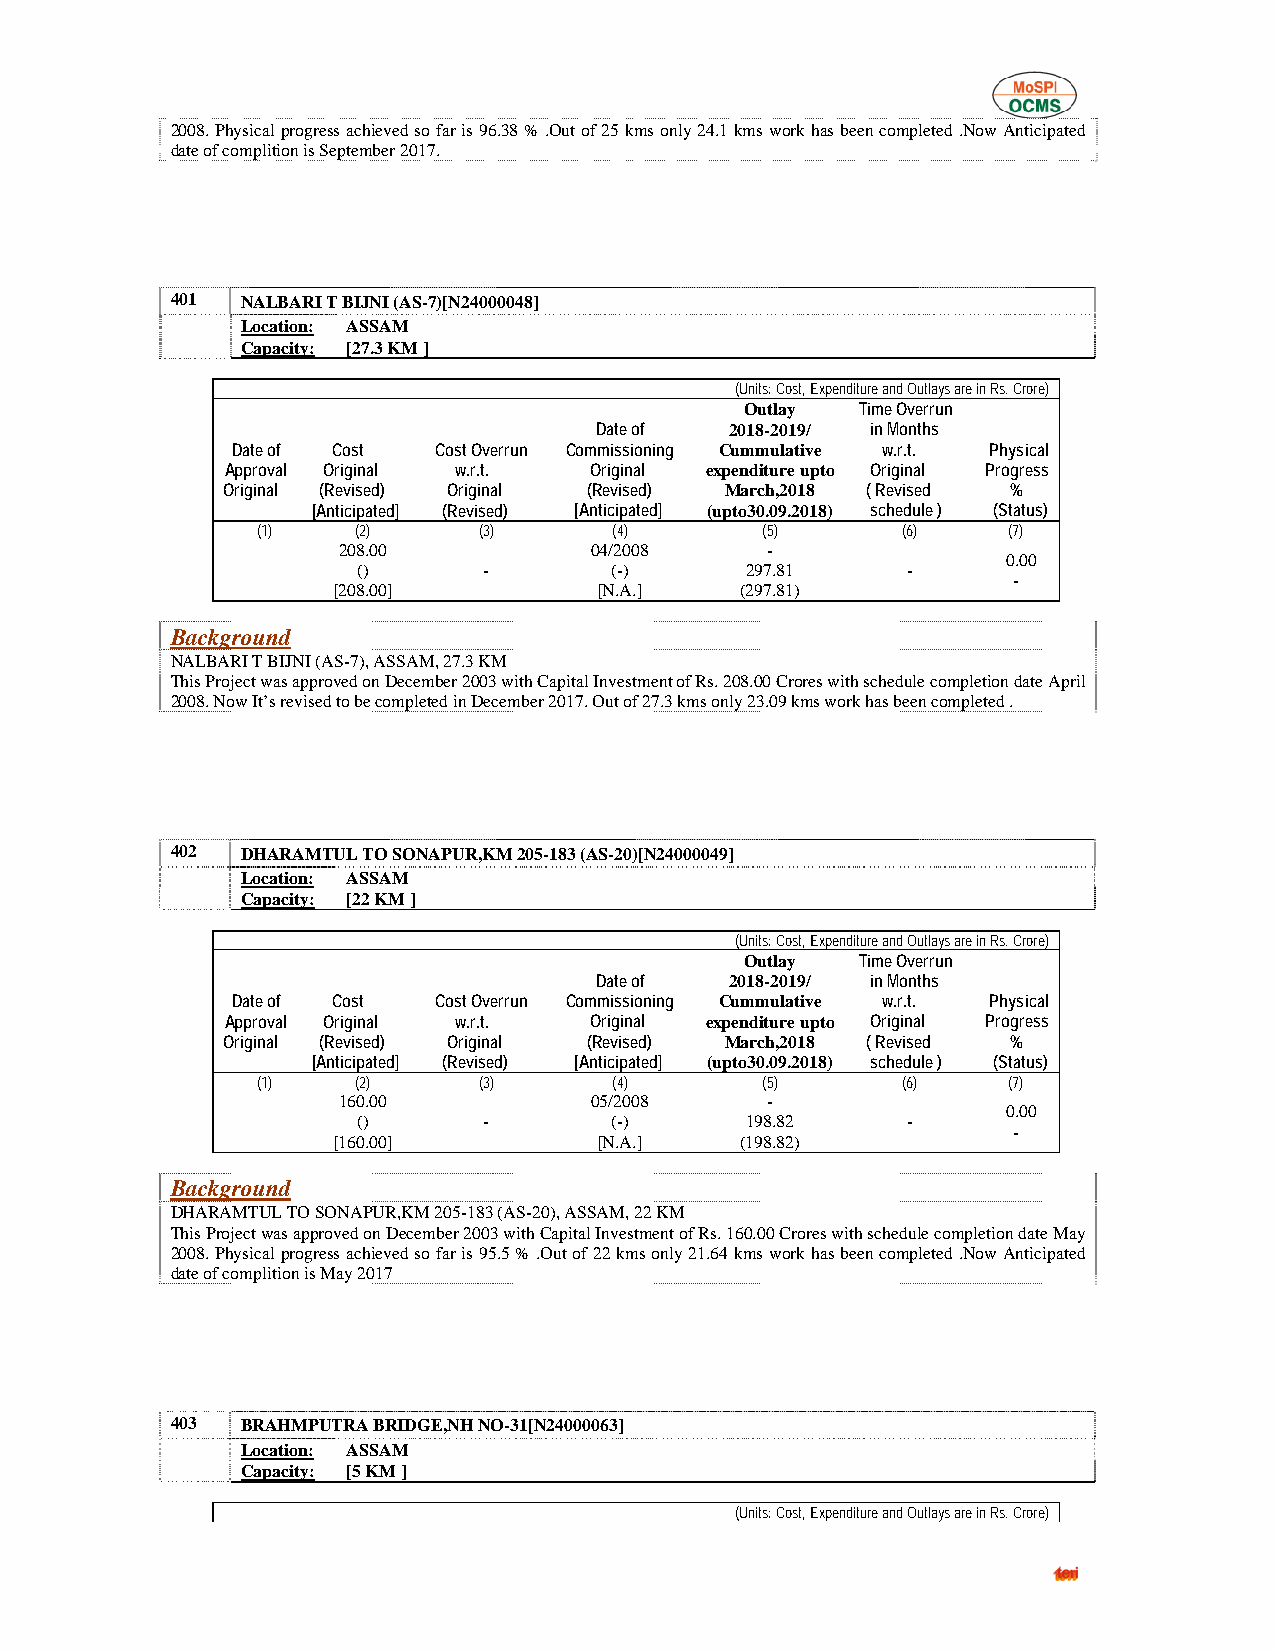
2008. Physical progress achieved so far is 96.38 % .Out of 25 kms only 24.1 kms work has been completed .Now Anticipated
 date of complition is September 2017.
 401  NALBARI T BIJNI (AS-7)[N24000048]
 Location: ASSAM
 Capacity: [27.3 KM ]
 (Units: Cost, Expenditure and Outlays are in Rs. Crore)
 Outlay  Time Overrun
 Date of  2018-2019/ in Months
 Date of Cost  Cost Overrun Commissioning Cummulative w.r.t. Physical
 Approval Original w.r.t. Original expenditure upto Original Progress
 Original (Revised) Original (Revised) March,2018 ( Revised %
 [Anticipated] (Revised) [Anticipated] (upto30.09.2018) schedule ) (Status)
 (1)    (2)     (3)      (4)      (5)       (6)    (7)
 208.00           04/2008     -
 0.00
 ()      -       (-)      297.81     -
 -
 [208.00]          [N.A.]   (297.81)
 Background
 NALBARI T BIJNI (AS-7), ASSAM, 27.3 KM
 This Project was approved on December 2003 with Capital Investment of Rs. 208.00 Crores with schedule completion date April
 2008. Now It’s revised to be completed in December 2017. Out of 27.3 kms only 23.09 kms work has been completed .
 402  DHARAMTUL TO SONAPUR,KM 205-183 (AS-20)[N24000049]
 Location: ASSAM
 Capacity: [22 KM ]
 (Units: Cost, Expenditure and Outlays are in Rs. Crore)
 Outlay  Time Overrun
 Date of  2018-2019/ in Months
 Date of Cost  Cost Overrun Commissioning Cummulative w.r.t. Physical
 Approval Original w.r.t. Original expenditure upto Original Progress
 Original (Revised) Original (Revised) March,2018 ( Revised %
 [Anticipated] (Revised) [Anticipated] (upto30.09.2018) schedule ) (Status)
 (1)    (2)     (3)      (4)      (5)       (6)    (7)
 160.00           05/2008     -
 0.00
 ()      -       (-)      198.82     -
 -
 [160.00]          [N.A.]   (198.82)
 Background
 DHARAMTUL TO SONAPUR,KM 205-183 (AS-20), ASSAM, 22 KM
 This Project was approved on December 2003 with Capital Investment of Rs. 160.00 Crores with schedule completion date May
 2008. Physical progress achieved so far is 95.5 % .Out of 22 kms only 21.64 kms work has been completed .Now Anticipated
 date of complition is May 2017
 403  BRAHMPUTRA BRIDGE,NH NO-31[N24000063]
 Location: ASSAM
 Capacity: [5 KM ]
 (Units: Cost, Expenditure and Outlays are in Rs. Crore)